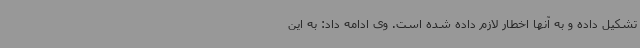
تشکیل داده و به آنها اخطار لازم داده شده است. وی ادامه داد: به این